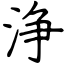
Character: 浄